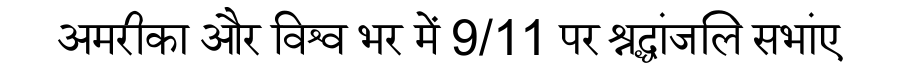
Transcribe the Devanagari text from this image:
अमरीका और विश्व भर में 9/11 पर श्रद्धांजलि सभांए